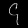
Digit: ၄